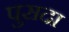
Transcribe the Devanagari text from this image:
पुसदा